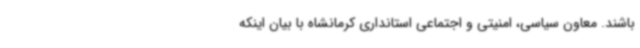
باشند. معاون سیاسی، امنیتی و اجتماعی استانداری کرمانشاه با بیان اینکه